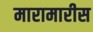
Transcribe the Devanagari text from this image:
मारामारीस